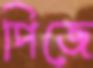
পিজে